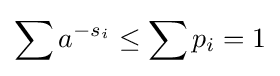
\sum a^{-s_{i}}\leq \sum p_{i}=1